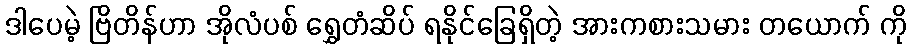
ဒါပေမဲ့ ဗြိတိန်ဟာ အိုလံပစ် ရွှေတံဆိပ် ရနိုင်ခြေရှိတဲ့ အားကစားသမား တယောက် ကို